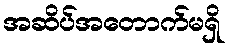
အဆိပ်အတောက်မရှိ